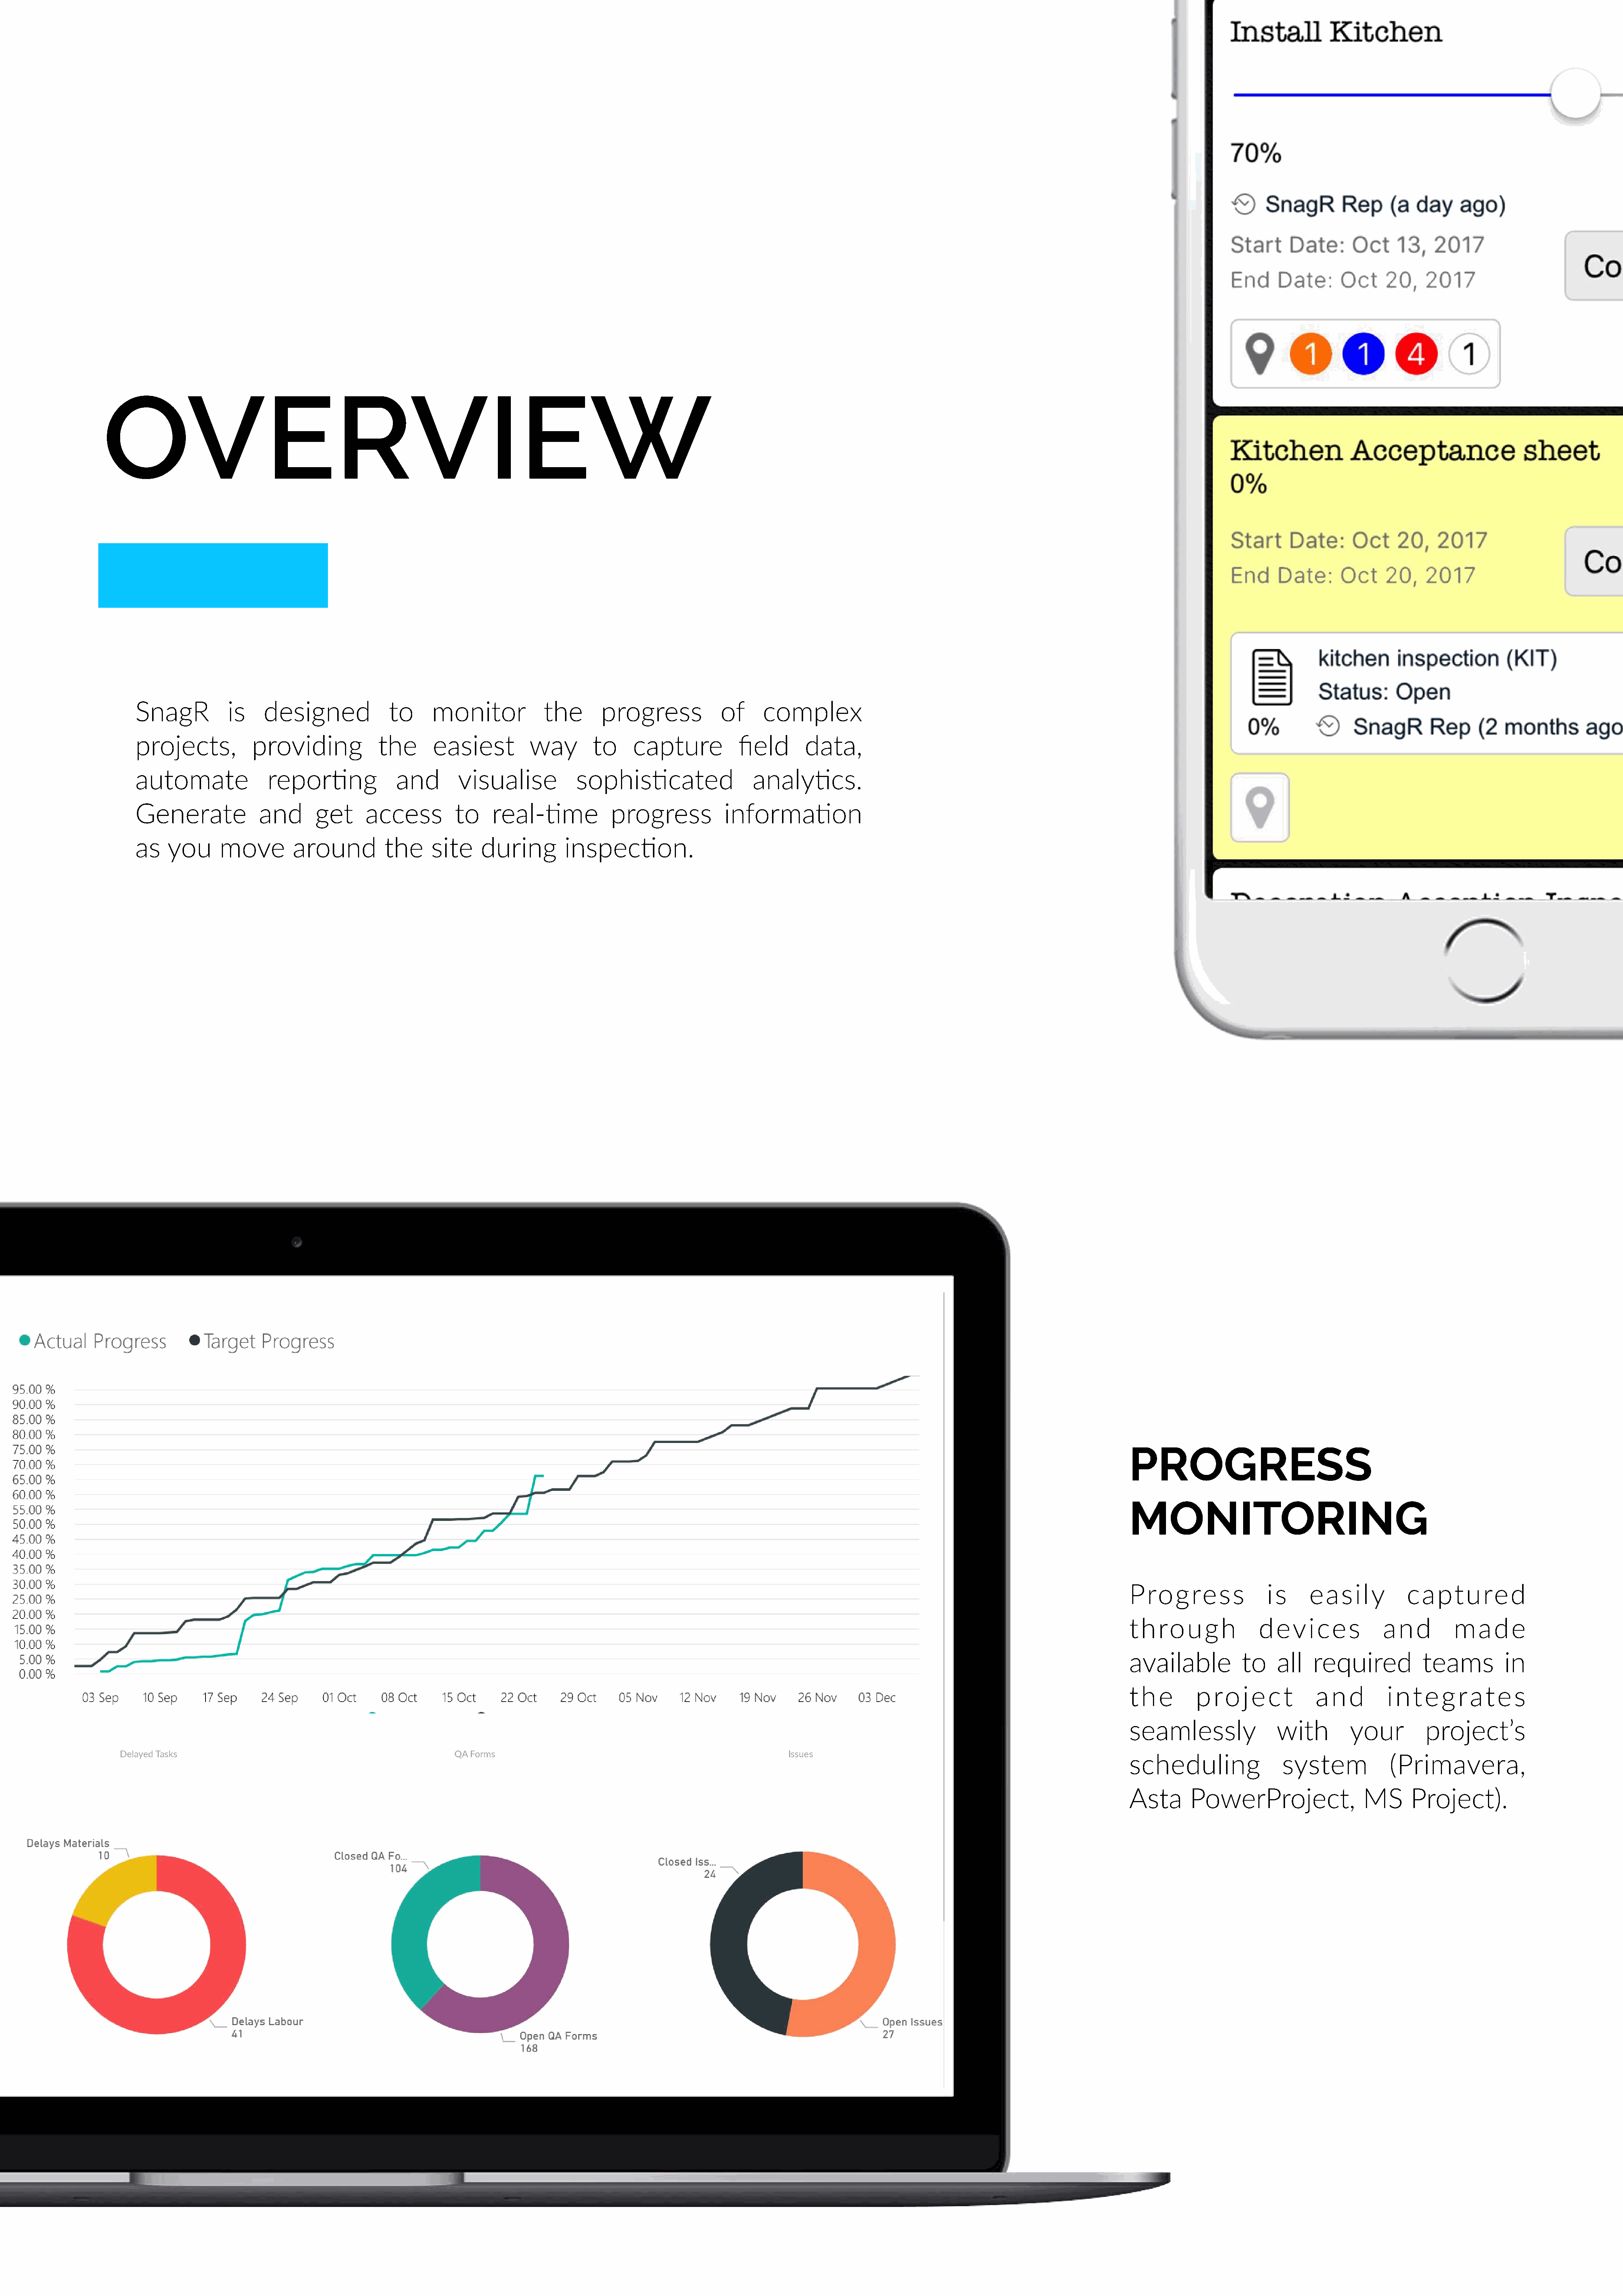
OVERVIEW
 SnagR            is    designed              to      monitor             the       progress              of     complex
 projects,            providing             the       easiest          way         to     capture            field       data,
 automate                repor<ng               and        visualise            sophis<cated                   analy<cs.
 Generate              and       get      access          to     real-<me             progress            informa<on
 as    you      move         around           the     site     during         inspec<on.
 PROGRESS
 MONITORING
 Progress                is      easily           captured
 through                devices               and         made
 available           to    all   required            teams         in
 the        project               and          integrates
 seamlessly                with         your         project’s
 Delayed Tasks                                               QA Forms                                                    Issues
 scheduling                 system             (Primavera,
 Asta      PowerProject,                  MS       Project).